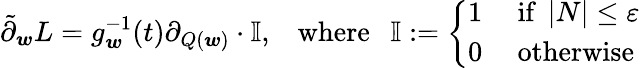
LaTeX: \tilde{\partial}_{\boldsymbol{w}}L=g_{\boldsymbol{w}}^{-1}(t)\partial_{Q(\boldsymbol{w})}\cdot\mathbb{I},\; \; \; \operatorname{where}\; \; \mathbb{I}:=\left\{ \begin{array}{ll}{1}&{\mathrm{~if~}\left|N\right|\leq\varepsilon}\\ {0}&{\mathrm{~otherwise}}\end{array}\right.